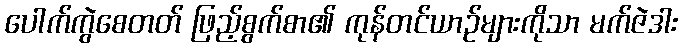
ပေါက်ကွဲစေတတ် ဖြည့်စွက်စာ၏ ကုန်တင်ယာဉ်များကိုသာ မက်ဇဲဒါး